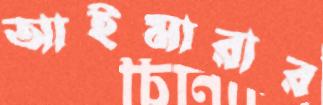
আইমারার